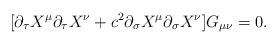
LaTeX: \begin{align*}[\partial_{\tau}X^{\mu}\partial_{\tau}X^{\nu} +c^{2}\partial_{\sigma}X^{\mu}\partial_{\sigma}X^{\nu}]G_{\mu \nu} = 0.\end{align*}